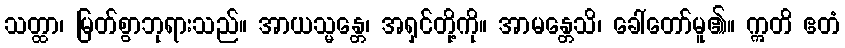
သတ္ထာ၊ မြတ်စွာဘုရားသည်။ အာယသ္မန္တေ၊ အရှင်တို့ကို။ အာမန္တေသိ၊ ခေါ်တော်မူ၏။ ဣတိ ဧတံ